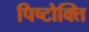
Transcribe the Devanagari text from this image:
पिष्टोक्ति